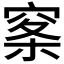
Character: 𰩏